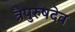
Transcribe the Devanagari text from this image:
त्रैपुरुषदेव